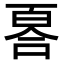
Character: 𠷡